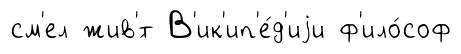
см'ел жив'́т В'ик'ип'е́д'иjи ф'ило́соф